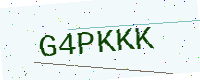
Text: G4PKKK